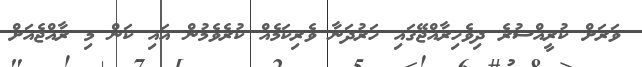
ވަރަށް ކުރީއްސުރެ ދިވެހިރާއްޖޭގައި ހަރުދަނާ ވެރިކަމެއް ކުރެވެމުން އައި ކަން މި ރާއްޖެއަށް